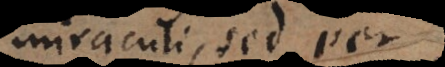
miraculi, sed per